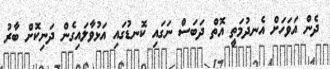
ދެން އަވަހަށް އެނދުމަތީ އޮތް ދަބަސް ނަގައި ކޮނޑުގައި އަޅުވާލައިގެން ދަނިކޮށް ބާރު